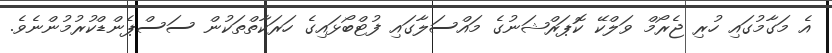
އެ މަގާމުގައި ހުރި ޖެރޯމް ވަލްކޭ ކޮޕަރްޝަނުގެ މައްސަލާގައި ފުޓްބޯޅައިގެ ހަރަކާތްތަކުން ސަސްޕެންޑްކުރުމުންނެވެ.